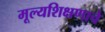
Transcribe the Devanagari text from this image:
मूल्यशिक्षणाचे